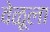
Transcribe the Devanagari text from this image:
वेळूला